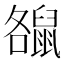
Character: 𪕘